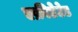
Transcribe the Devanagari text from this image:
एक्रीडेटेड